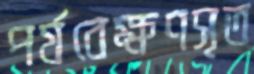
পর্যবেক্ষণসৃত